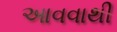
આવવાથી